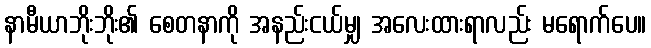
နာမီယာဘိုးဘိုး၏ စေတနာကို အနည်းငယ်မျှ အလေးထားရာလည်း မရောက်ပေ။